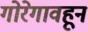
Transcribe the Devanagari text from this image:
गोरेगावहून